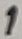
Text: 1